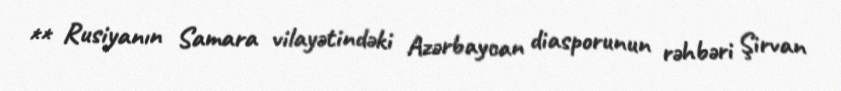
** Rusiyanın Samara vilayətindəki Azərbaycan diasporunun rəhbəri Şirvan